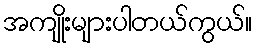
အကျိုးများပါတယ်ကွယ်။